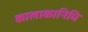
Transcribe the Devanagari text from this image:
कालाकानिधि